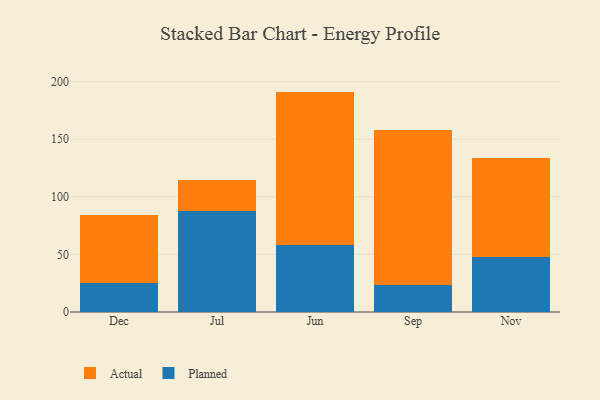
{"axis": {"x": "Month", "y": "Inventory Turnover"}, "legend": ["Actual", "Planned"], "data": [{"x": "Dec", "y": 25.4, "type": "Planned"}, {"x": "Dec", "y": 59.0, "type": "Actual"}, {"x": "Jul", "y": 88.1, "type": "Planned"}, {"x": "Jul", "y": 26.8, "type": "Actual"}, {"x": "Jun", "y": 58.3, "type": "Planned"}, {"x": "Jun", "y": 133.0, "type": "Actual"}, {"x": "Sep", "y": 23.4, "type": "Planned"}, {"x": "Sep", "y": 135.0, "type": "Actual"}, {"x": "Nov", "y": 48.1, "type": "Planned"}, {"x": "Nov", "y": 85.7, "type": "Actual"}]}